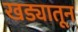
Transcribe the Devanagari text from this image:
खड्यातून